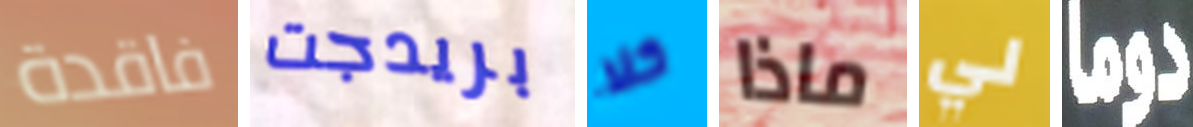
فاقدة بريدجت كلا ماذا لي دوما